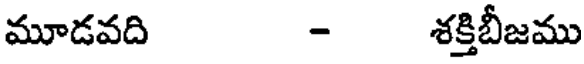
మూడవది - శక్తిబీజము